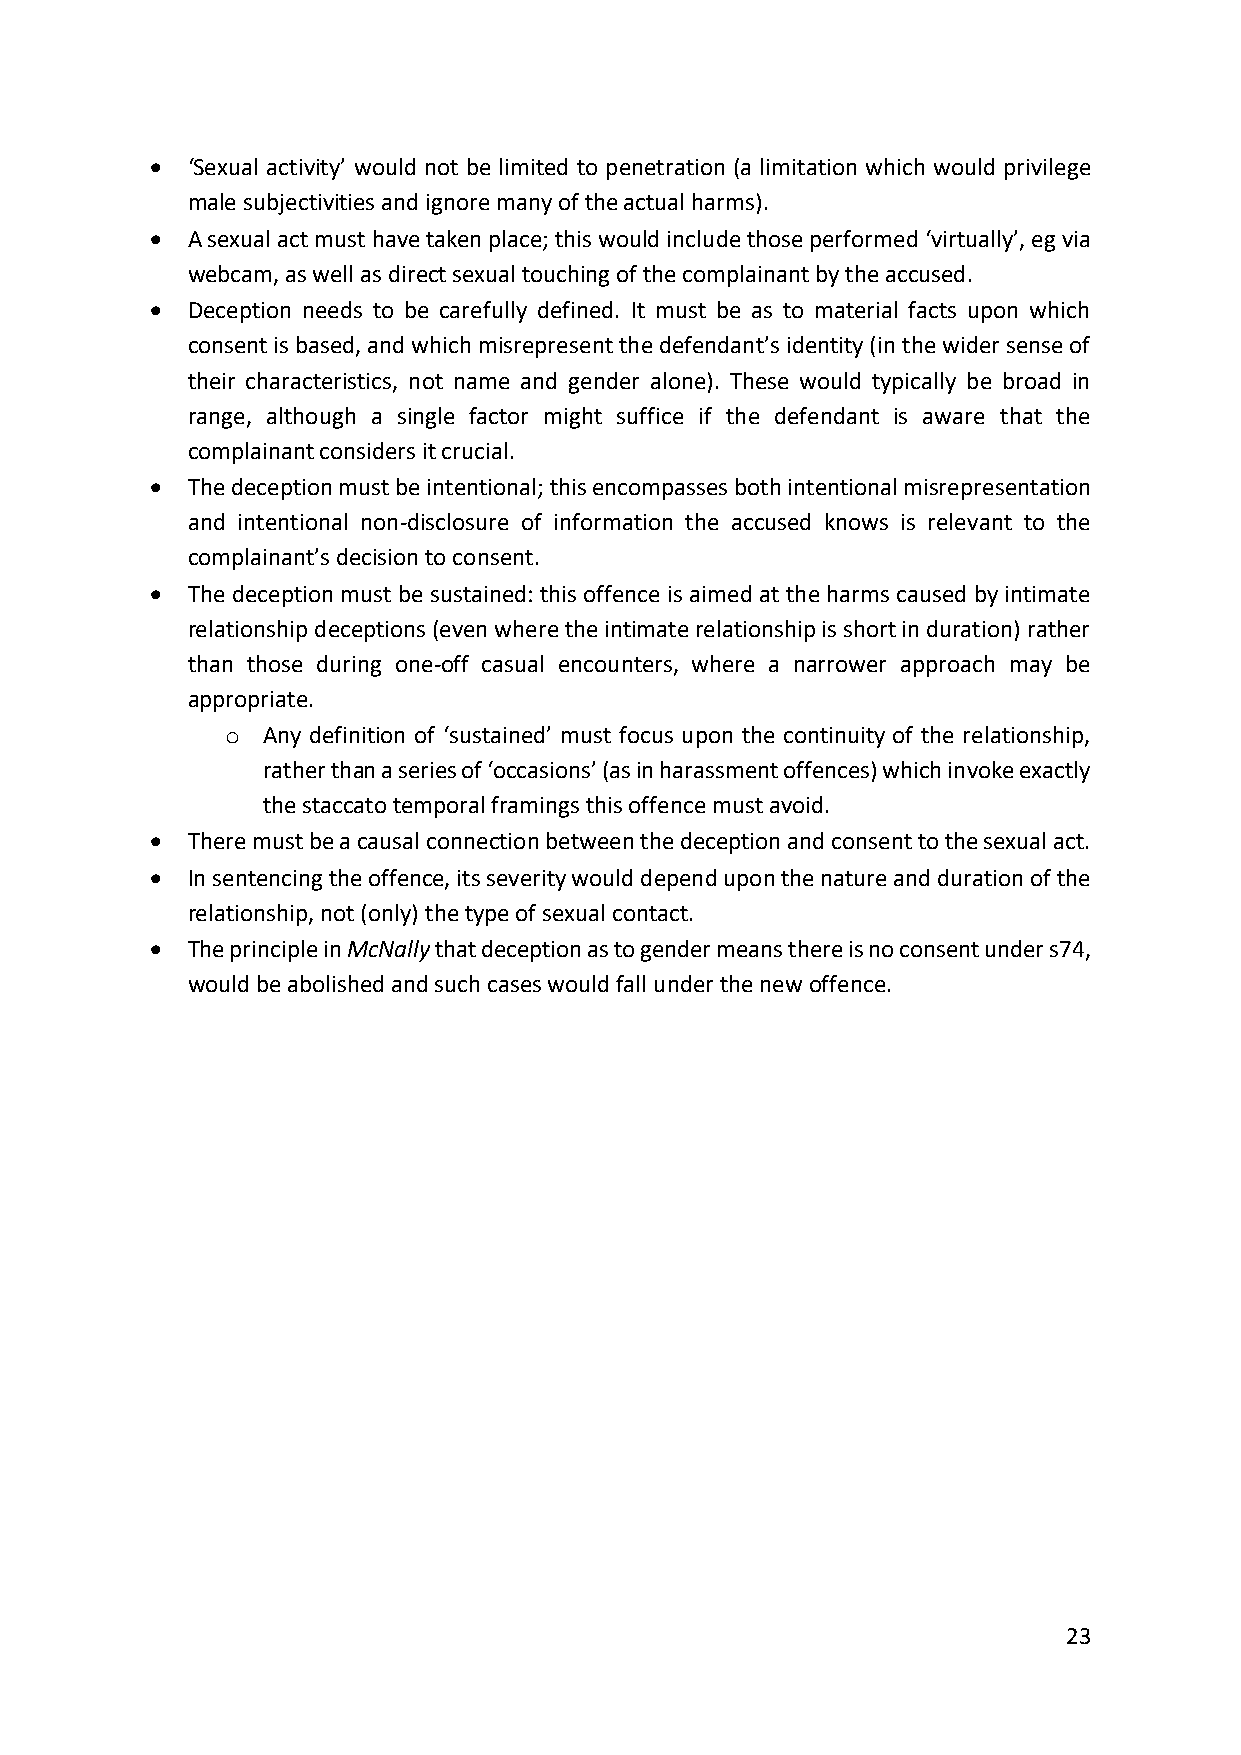
• ‘Sexual activity’ would not be limited to penetration (a limitation which would privilege
 male subjectivities and ignore many of the actual harms).
 • A sexual act must have taken place; this would include those performed ‘virtually’, eg via
 webcam, as well as direct sexual touching of the complainant by the accused.
 • Deception needs to be carefully defined. It must be as to material facts upon which
 consent is based, and which misrepresent the defendant’s identity (in the wider sense of
 their characteristics, not name and gender alone). These would typically be broad in
 range, although a single factor might suffice if the defendant is aware that the
 complainant considers it crucial.
 • The deception must be intentional; this encompasses both intentional misrepresentation
 and intentional non-disclosure of information the accused knows is relevant to the
 complainant’s decision to consent.
 • The deception must be sustained: this offence is aimed at the harms caused by intimate
 relationship deceptions (even where the intimate relationship is short in duration) rather
 than those during one-off casual encounters, where a narrower approach may be
 appropriate.
 o Any definition of ‘sustained’ must focus upon the continuity of the relationship,
 rather than a series of ‘occasions’ (as in harassment offences) which invoke exactly
 the staccato temporal framings this offence must avoid.
 • There must be a causal connection between the deception and consent to the sexual act.
 • In sentencing the offence, its severity would depend upon the nature and duration of the
 relationship, not (only) the type of sexual contact.
 • The principle in McNally that deception as to gender means there is no consent under s74,
 would be abolished and such cases would fall under the new offence.
 23